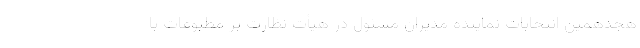
هجدهمین انتخابات نماینده مدیران مسئول در هیأت نظارت بر مطبوعات با